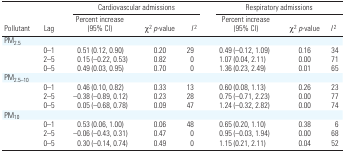
<table><thead><tr><td rowspan="2"><b>Pollutant</b></td><td rowspan="2"><b>Lag</b></td><td colspan="3"><b>Cardiovascular admissions</b></td><td colspan="3"><b>Respiratory admissions</b></td></tr><tr><td><b>Percent increase (95% CI)</b></td><td><b>χ<sup>2</sup><i>p</i>-value</b></td><td><b><i>I</i><sup>2</sup></b></td><td><b>Percent increase (95% CI)</b></td><td><b>χ<sup>2</sup><i>p</i>-value</b></td><td><b><i>I</i><sup>2</sup></b></td></tr></thead><tbody><tr><td><b>PM<sub>2.5</sub></b></td></tr><tr><td></td><td><b>0–1</b></td><td>0.51 (0.12, 0.90)</td><td>0.20</td><td>29</td><td>0.49 (–0.12, 1.09)</td><td>0.16</td><td>34</td></tr><tr><td></td><td><b>2–5</b></td><td>0.15 (–0.22, 0.53)</td><td>0.82</td><td>0</td><td>1.07 (0.04, 2.11)</td><td>0.00</td><td>71</td></tr><tr><td></td><td><b>0–5</b></td><td>0.49 (0.03, 0.95)</td><td>0.70</td><td>0</td><td>1.36 (0.23, 2.49)</td><td>0.01</td><td>65</td></tr><tr><td><b>PM<sub>2.5–10</sub></b></td></tr><tr><td></td><td><b>0–1</b></td><td>0.46 (0.10, 0.82)</td><td>0.33</td><td>13</td><td>0.60 (0.08, 1.13)</td><td>0.26</td><td>23</td></tr><tr><td></td><td><b>2–5</b></td><td>–0.38 (–0.89, 0.12)</td><td>0.23</td><td>28</td><td>0.75 (–0.71, 2.23)</td><td>0.00</td><td>77</td></tr><tr><td></td><td><b>0–5</b></td><td>0.05 (–0.68, 0.78)</td><td>0.09</td><td>47</td><td>1.24 (–0.32, 2.82)</td><td>0.00</td><td>74</td></tr><tr><td><b>PM<sub>10</sub></b></td></tr><tr><td></td><td><b>0–1</b></td><td>0.53 (0.06, 1.00)</td><td>0.06</td><td>48</td><td>0.65 (0.20, 1.10)</td><td>0.38</td><td>6</td></tr><tr><td></td><td><b>2–5</b></td><td>–0.06 (–0.43, 0.31)</td><td>0.47</td><td>0</td><td>0.95 (–0.03, 1.94)</td><td>0.00</td><td>68</td></tr><tr><td></td><td><b>0–5</b></td><td>0.30 (–0.14, 0.74)</td><td>0.49</td><td>0</td><td>1.15 (0.21, 2.11)</td><td>0.04</td><td>52</td></tr></tbody></table>